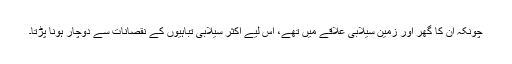
چونکہ ان کا گھر اور زمین سیلابی علاقے میں تھے، اس لیے اکثر سیلابی تباہیوں کے نقصانات سے دوچار ہونا پڑتا۔